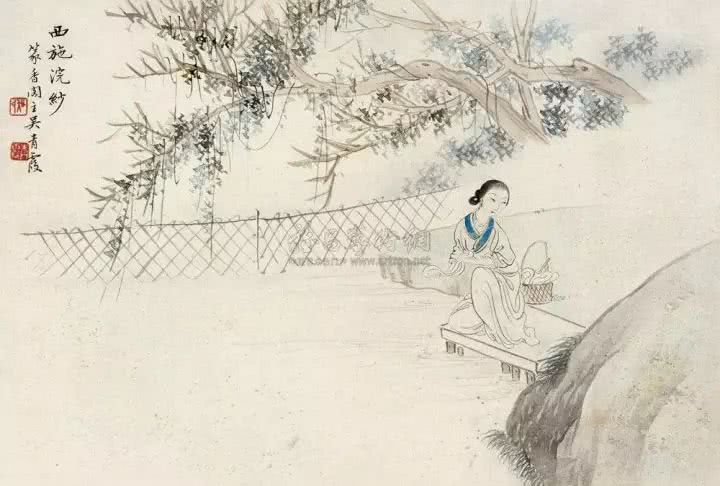
西子蒙不洁，则人人皆掩鼻而过之，虽有恶人，齐戒沐浴，则可以祀上帝。